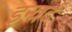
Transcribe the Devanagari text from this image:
इन्वर्ट